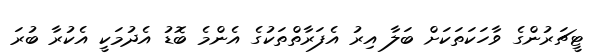
ޓީޗަރުންގެ ވާހަކަތަކަށް ބަލާ އިރު އެފަރާތްތަކުގެ އެންމެ ބޮޑު އެދުމަކީ އެކުރާ ބުރަ